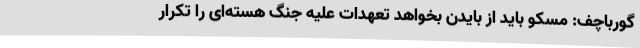
گورباچف: مسکو باید از بایدن بخواهد تعهدات علیه جنگ هسته‌ای را تکرار